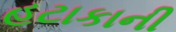
હટાકાની